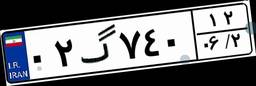
۰۲گ۷۴۰۱۲